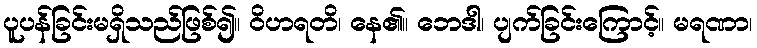
ပူပန်ခြင်းမရှိသည်ဖြစ်၍။ ဝိဟရတိ၊ နေ၏။ ဘေဒါ၊ ပျက်ခြင်းကြောင့်။ မရဏာ၊